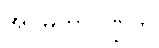
အဂ္ဂမဟာပဏ္ဍိတ